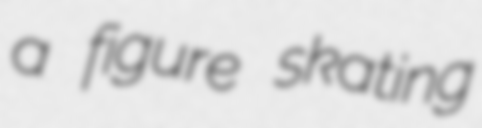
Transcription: a figure skating